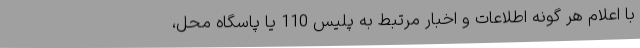
با اعلام هر گونه اطلاعات و اخبار مرتبط به پلیس 110 یا پاسگاه محل،